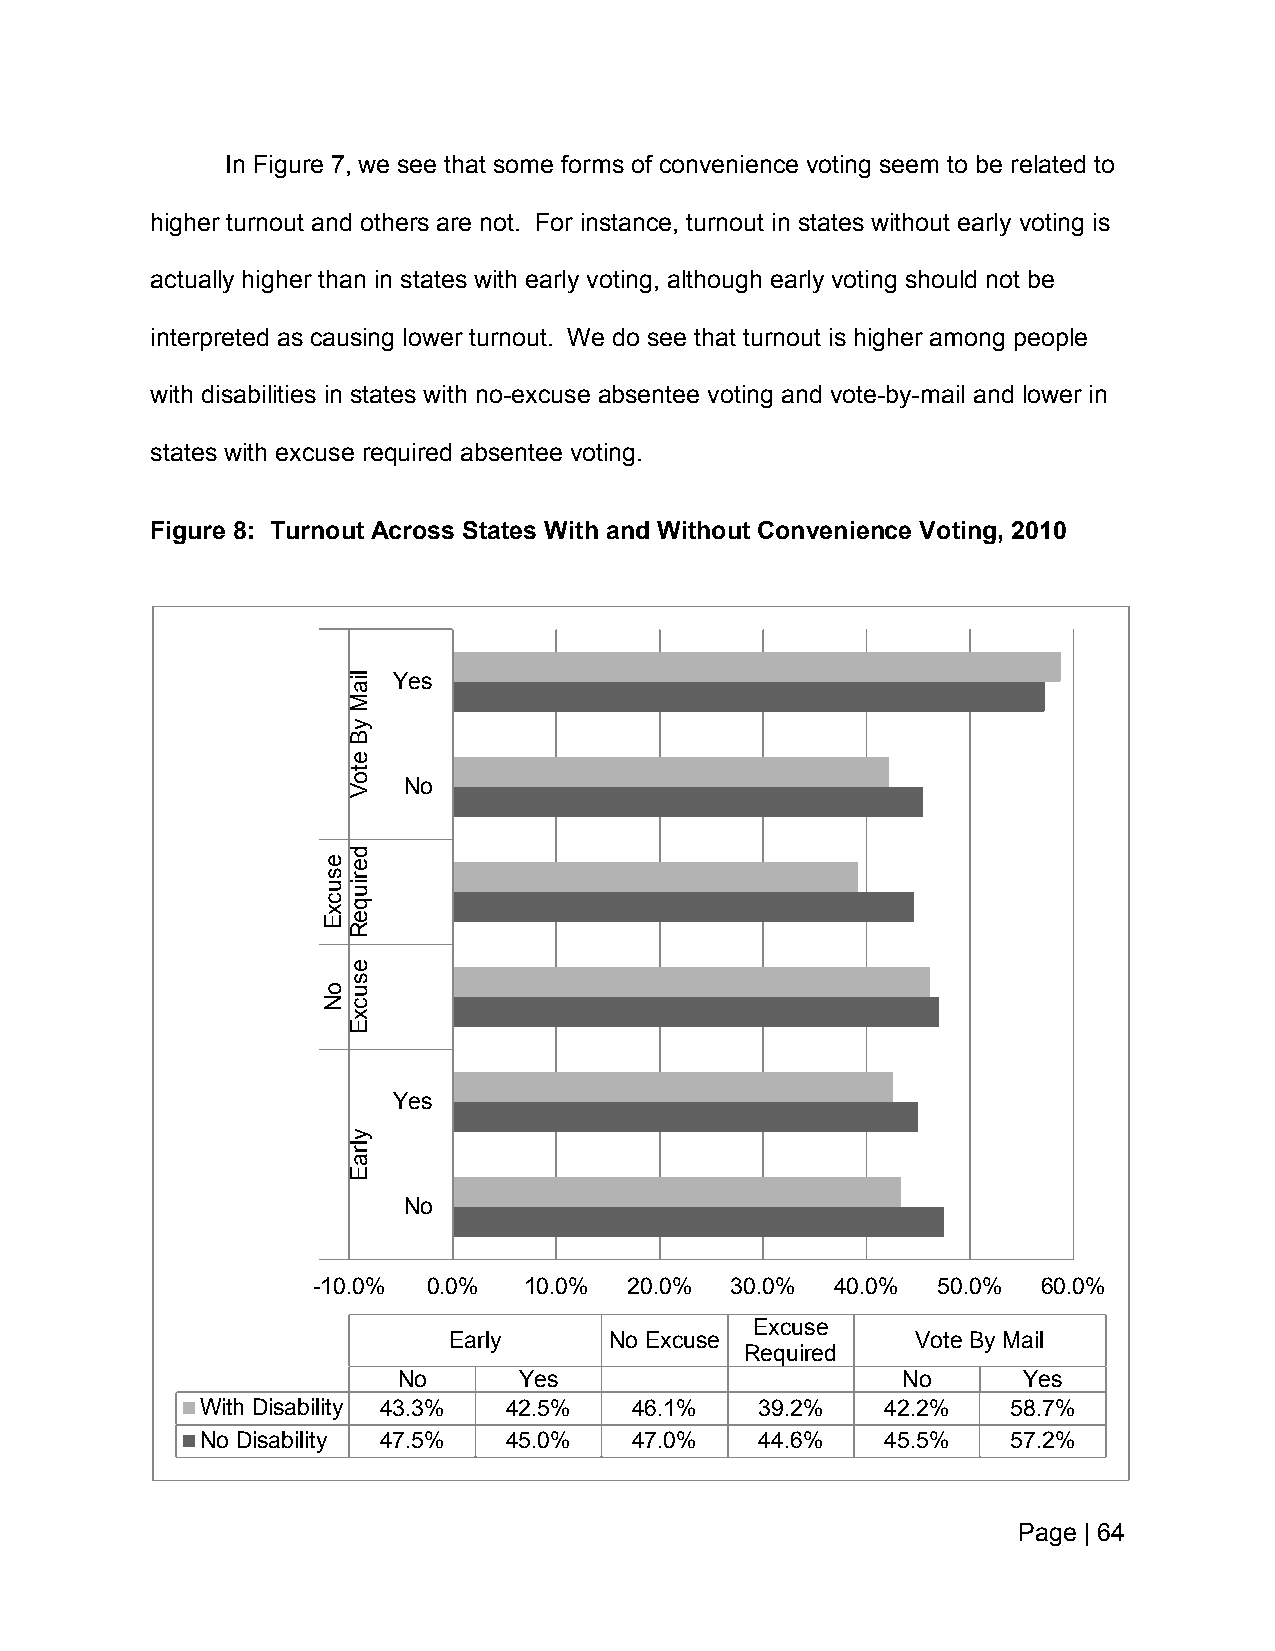
In Figure 7, we see that some forms of convenience voting seem to be related to
 higher turnout and others are not. For instance, turnout in states without early voting is
 actually higher than in states with early voting, although early voting should not be
 interpreted as causing lower turnout. We do see that turnout is higher among people
 with disabilities in states with no-excuse absentee voting and vote-by-mail and lower in
 states with excuse required absentee voting.
 Figure 8: Turnout Across States With and Without Convenience Voting, 2010
 Yes
 No
 Yes
 No
 -10.0% 0.0%   10.0%  20.0% 30.0%  40.0%  50.0%  60.0%
 Excuse
 Early     No Excuse            Vote By Mail
 Required
 No      Yes                       No      Yes
 With Disability 43.3% 42.5%  46.1%   39.2%    42.2%   58.7%
 No Disability 47.5% 45.0%    47.0%   44.6%    45.5%   57.2%
 Page | 64
 esucxE
 oN
 liaM
 yB
 etoV
 deriuqeR
 esucxE
 ylraE